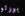
بورتو